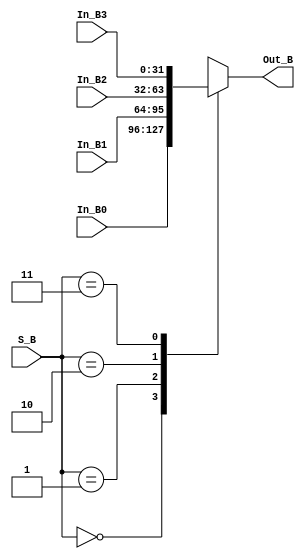
module Mux_B (output reg [31:0] Out_B, input [31:0] In_B0, In_B1, In_B2, In_B3, input [1:0] S_B);
    always @ (S_B)
    begin
        case (S_B)
        2'b00:  Out_B = In_B0;
        2'b01:  Out_B = In_B1;
        2'b10:  Out_B = In_B2;
        2'b11:  Out_B = In_B3;
        endcase
    end
endmodule

module test;
    reg [31:0] B0, B1, B2, B3;
    reg [1:0] S;
    wire [31:0] Y;
    Mux_B multiplexer (Y, B0, B1, B2, B3, S);
    initial begin
        B0 = 32'b00000000000000000000000000000001;
        B1 = 32'b00000000000000000000000010000000;
        B2 = 32'b00000000000000001000000000000000;
        B3 = 32'b00000000100000000000000000000000;
        S = 2'b11;
    end
    initial begin
        $display (" S   Y ");
        $monitor (" %b %d ", S, Y);
    end
endmodule